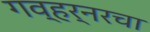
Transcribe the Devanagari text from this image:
गव्हर्नरचा